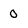
Character: 0